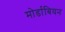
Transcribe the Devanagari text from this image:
मोर्डाबियन